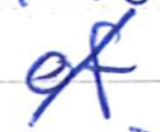
Text: of
Cross-out: diagonal
Writing tool: ballpoint